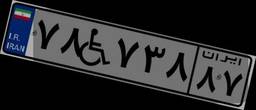
۷۸W۷۳۸۸۷